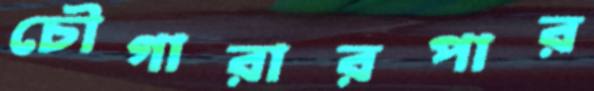
চৌগারারপার